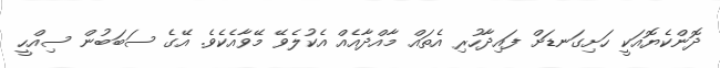
ދޮންކެޔޮއަކީ ހަށިގަނޑަށް ފައިދާހުރި އެތައް މާއްދާއެއް އެކުލެވޭ މޭވާއެކެވެ. އޭގެ ސަބަބުން ސިއްހީ